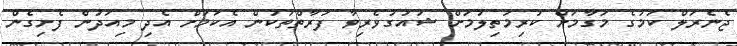
ޖެނެރަލް ކަމުގެ މަގާމަށް ކުރިމަތިލުމަށް ޝައުގުވެރިވާ ފަރާތްތަކުން އެކަމަށް އެދި މިއަދުން ފެށިގެން